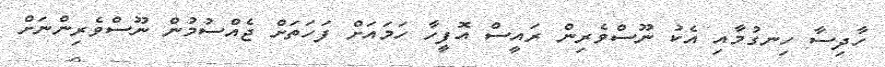
ހާދިސާ ހިނގުމާއި އެކު ނޫސްވެރިން ރައީސް އޮފީހާ ހަމައަށް ފަހަތަށް ޖެއްސުމުން ނޫސްވެރިންނަށް